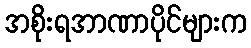
အစိုးရအာဏာပိုင်များက